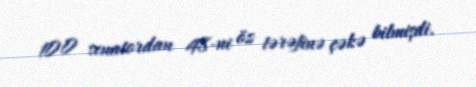
100 senatordan 48-ni öz tərəfinə çəkə bilmişdi.